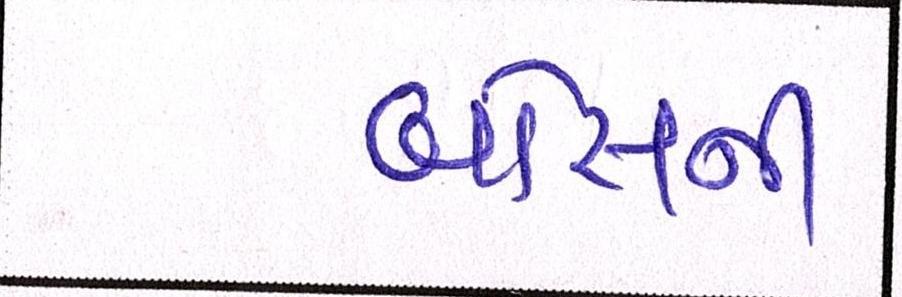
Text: બોસની